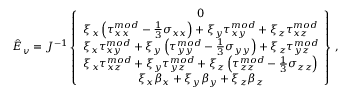
\hat { E } _ { v } = J ^ { - 1 } \left\{ \begin{array} { c } { 0 } \\ { \xi _ { x } \left( { \tau } _ { x x } ^ { m o d } - \frac { 1 } { 3 } \sigma _ { x x } \right) + \xi _ { y } { \tau } _ { x y } ^ { m o d } + \xi _ { z } { \tau } _ { x z } ^ { m o d } } \\ { \xi _ { x } { \tau } _ { x y } ^ { m o d } + \xi _ { y } \left( { \tau } _ { y y } ^ { m o d } - \frac { 1 } { 3 } \sigma _ { y y } \right) + \xi _ { z } { \tau } _ { y z } ^ { m o d } } \\ { \xi _ { x } { \tau } _ { x z } ^ { m o d } + \xi _ { y } { \tau } _ { y z } ^ { m o d } + \xi _ { z } \left( { \tau } _ { z z } ^ { m o d } - \frac { 1 } { 3 } \sigma _ { z z } \right) } \\ { \xi _ { x } { \beta } _ { x } + \xi _ { y } { \beta } _ { y } + \xi _ { z } { \beta } _ { z } } \end{array} \right\} \, \mathrm { , }